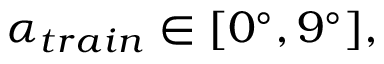
\alpha _ { t r a i n } \in [ 0 ^ { \circ } , 9 ^ { \circ } ] ,